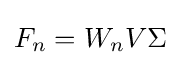
F_{n}=W_{n}V\Sigma